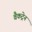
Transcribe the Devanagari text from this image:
वैकट्रेन